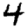
Digit: 4